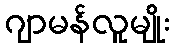
ဂျာမန်လူမျိုး